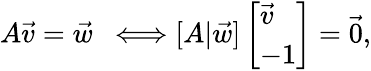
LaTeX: \begin{array}{r}{A\vec{v}=\vec{w}\ \ \Longleftrightarrow[A|\vec{w}]\left[\begin{array}{l}{\vec{v}}\\ {-1}\end{array}\right]=\vec{0},}\end{array}